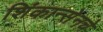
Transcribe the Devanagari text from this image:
शिंकान्सेनचे